Report on vaccination in Madras 1904-1921 - 1904-1921
Year: 1904
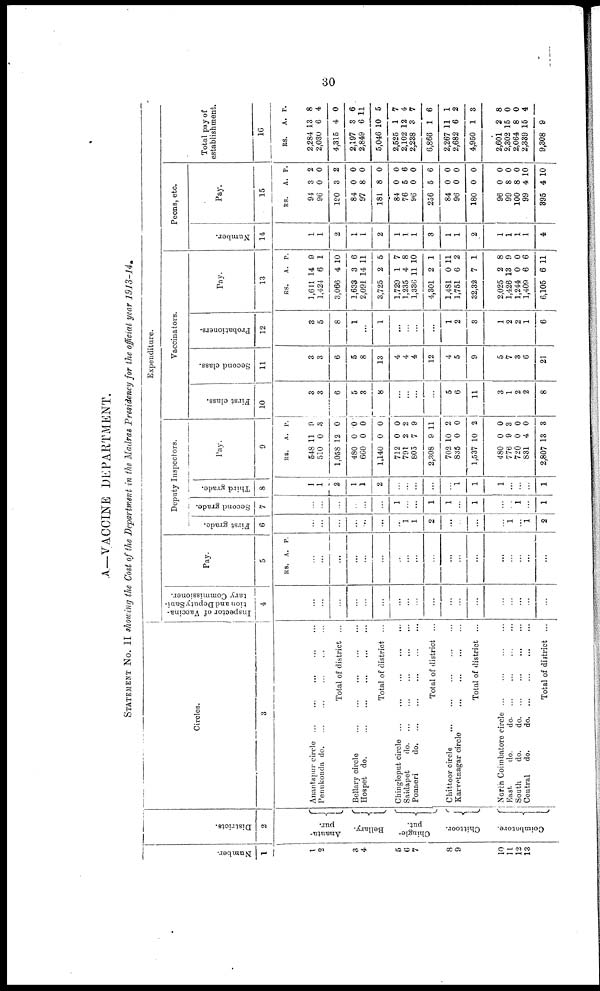
30
A—VACCINE DEPARTMENT.
STATEMENT No. II showing the Cost of the Department in the Madras Presidency for the official year 1913-14.
Number.
1
1
2
3
4
5
6
7
8
9
10
11
12
13
Districts.
2
Ananta-
pur.
Bellary.
Chingle-
put.
Chittoor.
Coimbatore.
Circles.
3
Anantapur circle ... ... ... ... ...
Penukonda d
o
. ... ... ... ... ...
Total of district ...
Bellary circle ... ... ... ... ...
Hospet do.
...
...
...
...
...
Total of district ...
Chingleput circle
...
...
...
...
...
Saidapet
d
o
. ... ... ... ... ...
Ponneri
d
o
. ... ... ... ... ...
Total of district ...
Chittoor circle
...
...
...
...
...
Karvetnagar circle
...
...
...
...
...
Total of district ...
North Coimbatore circle
...
...
...
...
East
do.
d
o
. ... ... ... ...
South
do.
d
o
. ... ... ... ...
Central
do.
d
o
. ... ... ... ...
Total of district ...
Expenditure.
Inspector of Vaccina-
tion and Deputy Sani-
tary Commissioner.
4
...
...
...
...
...
...
...
...
...
...
...
...
...
...
...
...
...
...
Pay.
5
RS. A. P.
...
...
...
...
...
...
...
...
...
...
...
...
...
...
...
...
...
...
Deputy Inspectors.
First grade.
6
...
...
...
...
...
...
...
1
1
2
...
...
...
...
1
...
1
2
Second grade.
7
...
...
...
...
...
...
1
...
...
1
1
...
1
...
...
1
...
1
Third grade.
8
1
1
2
1
1
2
...
...
...
...
...
1
1
1
...
...
...
1
Pay.
9
RS.
548
510
1,058
480
660
1,140
712
791
805
2,308
702
835
1,537
480
776
720
831
2,807
A.
11
0
12
0
0
0
0
2
7
9
10
0
10
0
9
0
4
13
P.
9
3
0
0
0
0
0
2
9
11
2
0
2
0
3
0
0
8
Vaccinators.
First class.
10
3
3
6
5
3
8
...
...
...
...
5
6
11
3
1
2
2
8
Second class.
11
3
3
6
5
8
13
4
4
4
12
4
5
9
5
7
3
6
21
Probationers.
12
3
5
8
1
...
1
...
...
...
...
1
2
3
1
2
2
1
6
Pay.
13
RS.
1,611
1,424
3,066
1,633
2,091
3,725
1,729
1,235
1,336
4,301
1,481
1,751
32,32
2,025
1,426
1,244
1,409
6,105
A.
14
6
4
3
14
2
1
4
11
2
0
6
7
2
13
0
6
6
P.
9
1
10
6
11
5
7
8
10
1
11
2
1
8
9
0
6
11
Peons, etc.
Number.
14
1
1
2
1
1
2
1
1
1
3
1
1
2
1
1
1
1
4
Pay.
15
RS.
94
96
190
84
97
181
84
76
96
256
84
96
180
96
99
100
99
395
A.
3
0
3
0
8
8
0
5
0
5
0
0
0
0
8
8
4
4
P.
2
0
2
0
0
0
0
6
0
6
0
0
0
0
0
0
10
10
Total pay of
establishment.
16
RS.
2,284
2,030
4,315
2,197
2,849
5,046
2,525
2,102
2,238
6,866
2,267
2,682
4,950
2,601
2,302
2,064
2,339
9,308
A.
13
6
4
3
6
10
1
12
3
1
11
6
1
2
15
8
15
9
P.
8
4
0
6
11
5
7
4
7
6
1
2
3
8
0
0
4